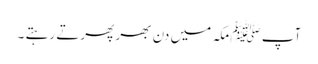
آپ ﷺمکہ میں دن بھر پھرتے رہتے ۔